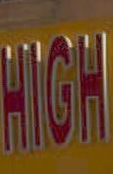
WOH